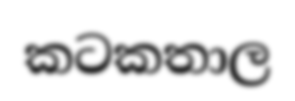
කටකතාල